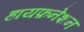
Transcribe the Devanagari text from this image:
हायफ़नेशन